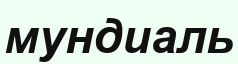
мундиаль